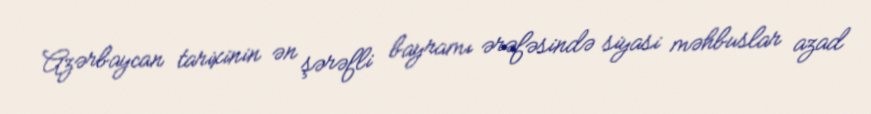
Azərbaycan tarixinin ən şərəfli bayramı ərəfəsində siyasi məhbuslar azad